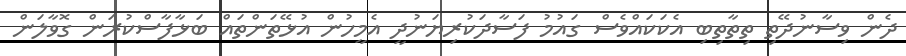
ދެން ވިސާނުދޭތި ތިތާތިބި އެކަކައްވެސް ގައުމު ފަސާދަކުރިޔަނުދީ އެމީހުން އުޅޭތަންތައް ބަޅާފާސްކުރަން ގޮވާލަން